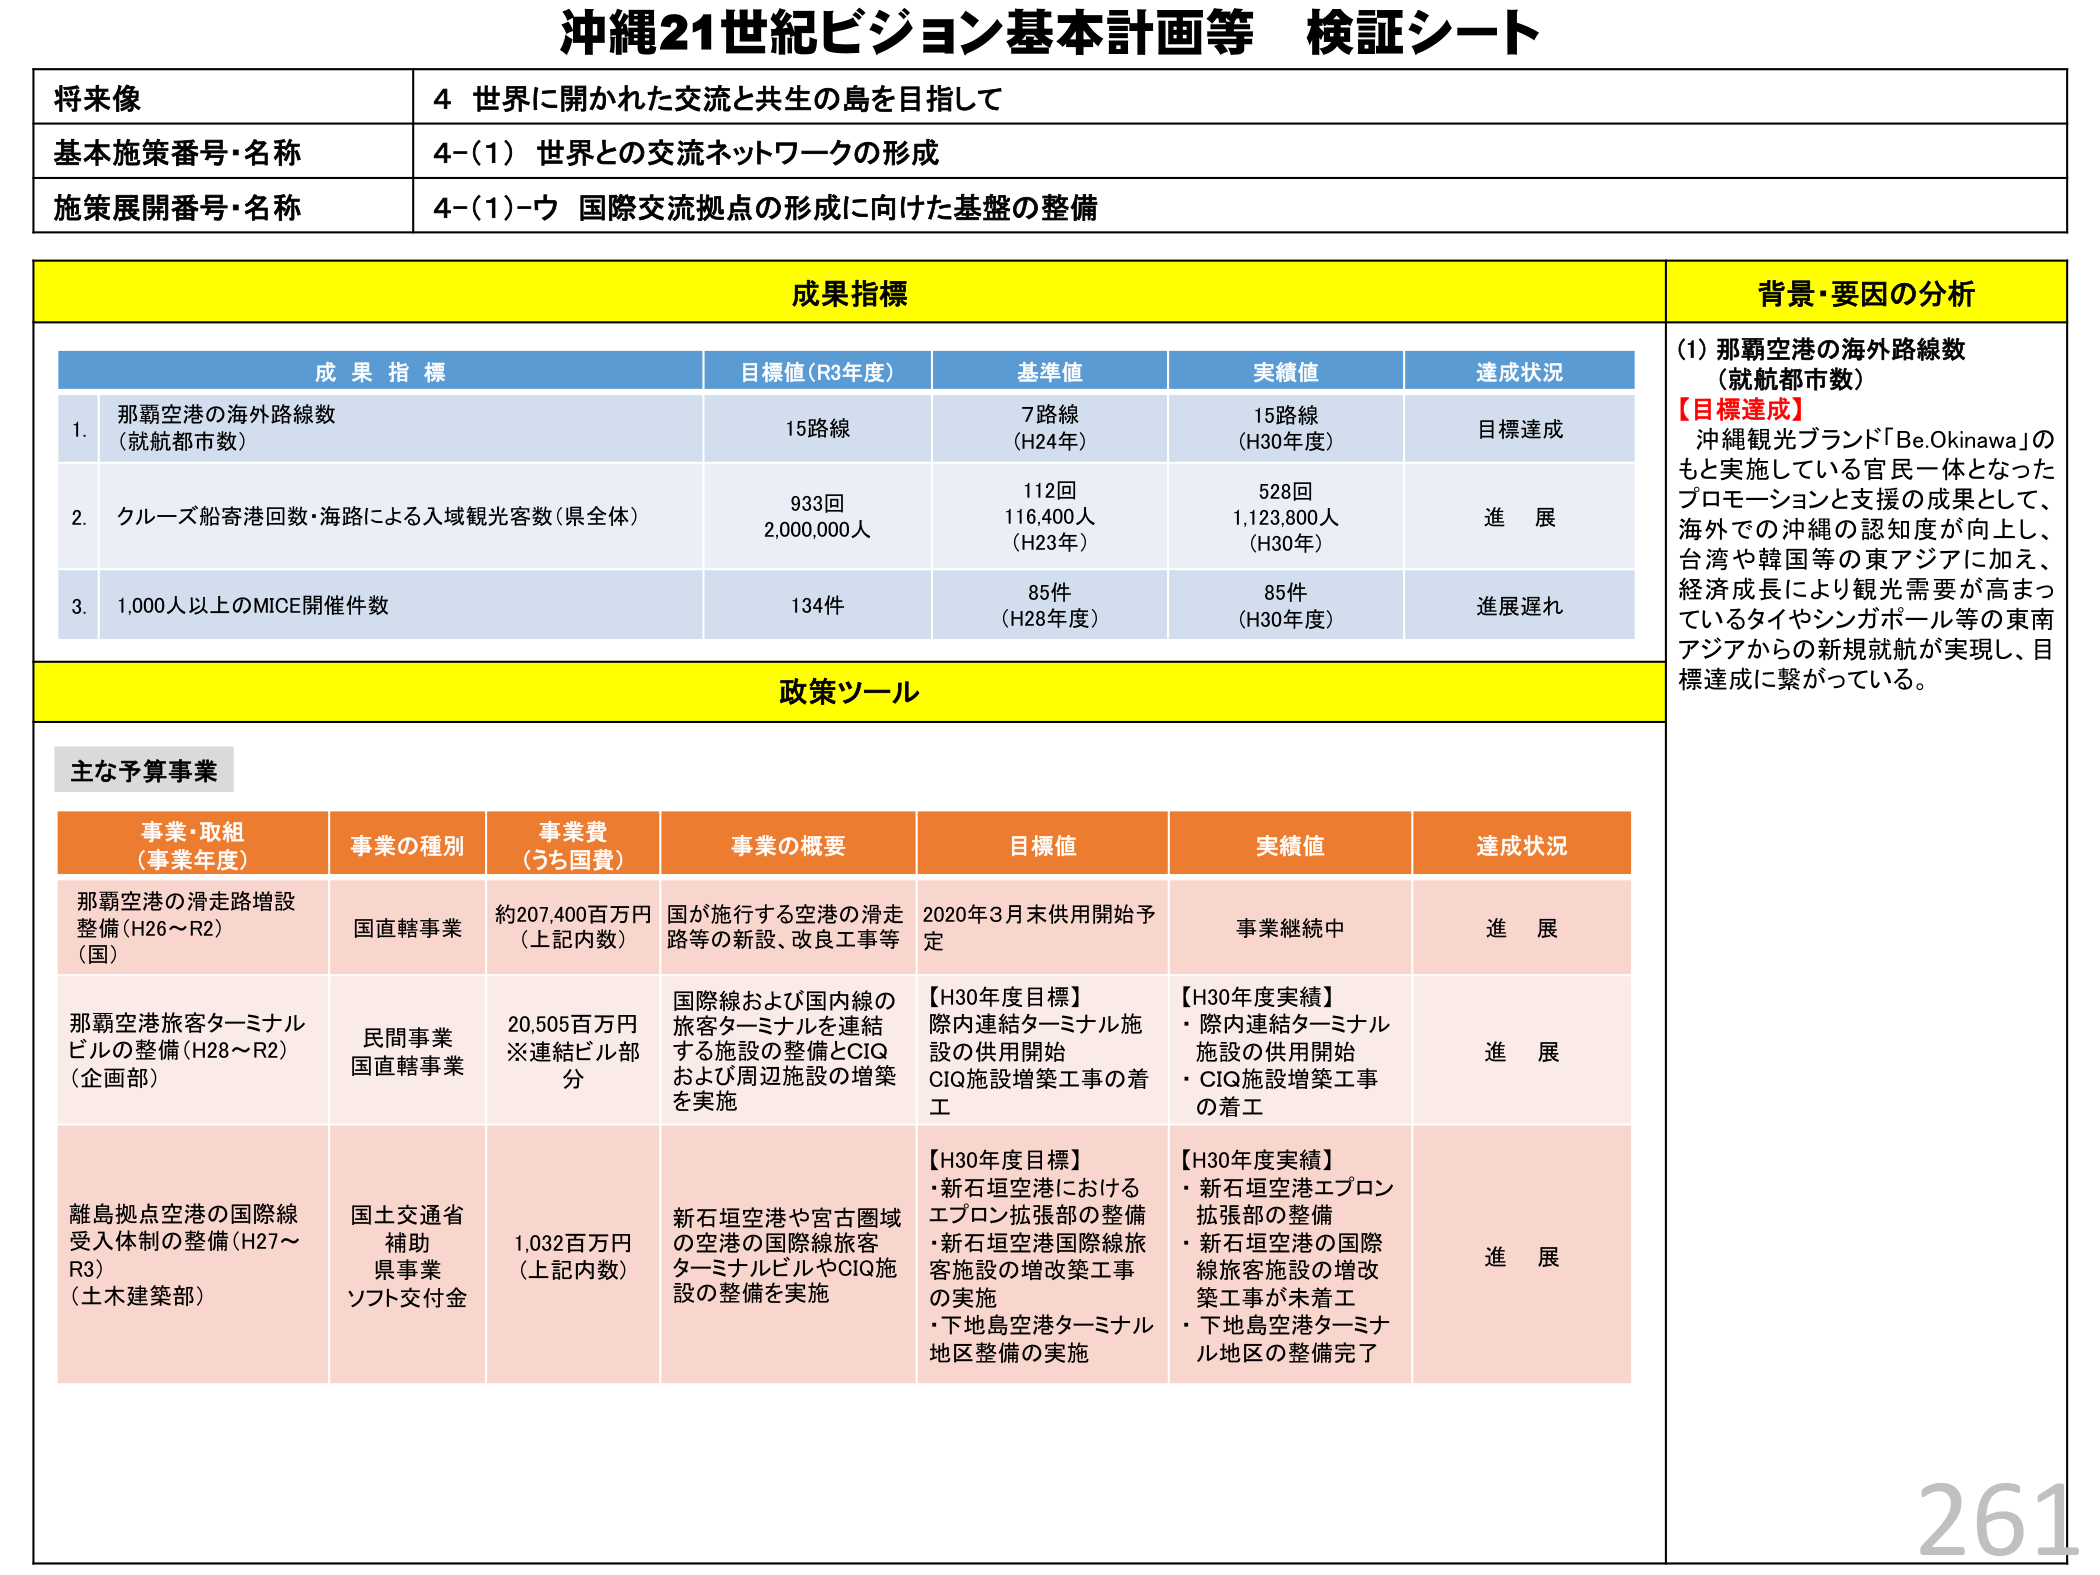
沖縄21世紀ビジョン基本計画等 検証シート

将来像
4 世界に開かれた交流と共生の島を目指して

基本施策番号・名称
4-(1) 世界との交流ネットワークの形成

施策展開番号・名称
4-(1)-ウ 国際交流拠点の形成に向けた基盤の整備

成果指標

成果指標
目標値(R3年度)
基準値
実績値
達成状況

1. 那覇空港の海外路線数（就航都市数）
15路線
7路線（H24年）
15路線（H30年度）
目標達成

2. クルーズ船寄港回数・海路による入域観光客数（県全体）
933回
2,000,000人
112回
116,400人（H23年）
528回
1,123,800人（H30年）
進展

3. 1,000人以上のMICE開催件数
134件
85件（H28年度）
85件（H30年度）
進展遅れ

背景・要因の分析

(1) 那覇空港の海外路線数（就航都市数）
【目標達成】
沖縄観光ブランド「Be.Okinawa」のもと実施している官民一体となったプロモーションと支援の成果として、海外での沖縄の認知度が向上し、台湾や韓国等の東アジアに加え、経済成長により観光需要が高まっているタイやシンガポール等の東南アジアからの新規就航が実現し、目標達成に繋がっている。

政策ツール

主な予算事業

事業・取組（事業年度）
事業の種別
事業費（うち国費）
事業の概要
目標値
実績値
達成状況

那覇空港の滑走路増設整備（H26～R2）（国）
国直轄事業
約207,400百万円（上記内数）
国が施行する空港の滑走路等の新設、改良工事等
2020年3月末供用開始予定
事業継続中
進展

那覇空港旅客ターミナルビルの整備（H28～R2）（企画部）
民間事業 国直轄事業
20,505百万円※連結ビル部分
国際線および国内線の旅客ターミナルを連結する施設の整備とCIQおよび周辺施設の増築を実施
【H30年度目標】
・際内連結ターミナル施設の供用開始
・CIQ施設増築工事の着工
【H30年度実績】
・際内連結ターミナル施設の供用開始
・CIQ施設増築工事の着工
進展

離島拠点空港の国際線受入体制の整備（H27～R3）（土木建築部）
国土交通省補助 県事業 ソフト交付金
1,032百万円（上記内数）
新石垣空港や宮古圏域の空港の国際線旅客ターミナルビルやCIQ施設の整備を実施
【H30年度目標】
・新石垣空港におけるエプロン拡張部の整備
・新石垣空港国際線旅客施設の増改築工事の実施
・下地島空港ターミナル地区整備の実施
【H30年度実績】
・新石垣空港エプロン拡張部の整備
・新石垣空港の国際線旅客施設の増改築工事が未着工
・下地島空港ターミナル地区の整備完了
進展

261